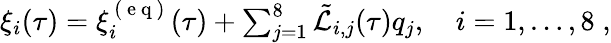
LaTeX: \begin{array}{r}{\xi_{i}(\tau)=\xi_{i}^{\mathrm{~(~e~q~)~}}(\tau)+\sum_{j=1}^{8}\tilde{\mathcal{L}}_{i,j}(\tau)q_{j},\quad i=1,\ldots,8\; ,}\end{array}